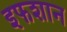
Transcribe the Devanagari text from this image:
इफशान